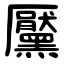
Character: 黶